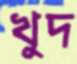
খুদ